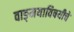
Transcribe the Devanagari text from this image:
वाङ्‌मयाविषयीचे